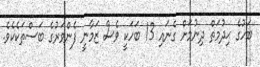
ބަހުގެ ޙިދުމަތް ދިނުމަށް ގެނައި 13 ބަހަކީ ވެސް ޒަމާނީ ފެންވަރުގެ ބަސްތަކެކެވެ.